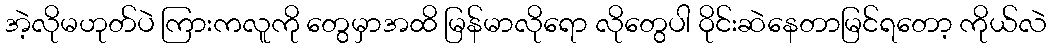
အဲ့လိုမဟုတ်ပဲ ကြားကလူကို တွေမှာအထိ မြန်မာလိုရော လိုတွေပါ ဝိုင်းဆဲနေတာမြင်ရတော့ ကိုယ်လဲ